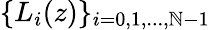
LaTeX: \{ L_{i}(z)\} _{i=0,1,...,\mathbb{N}-1}